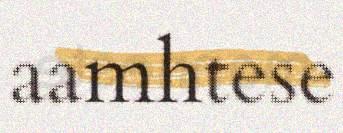
aamhtese